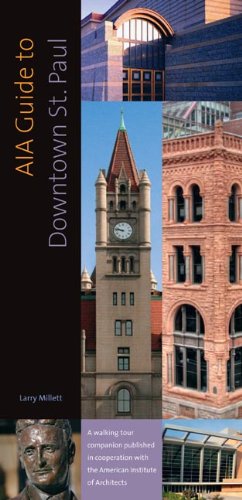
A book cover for AIA Guide to Downtown St Paul; Larry Millett; Travel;